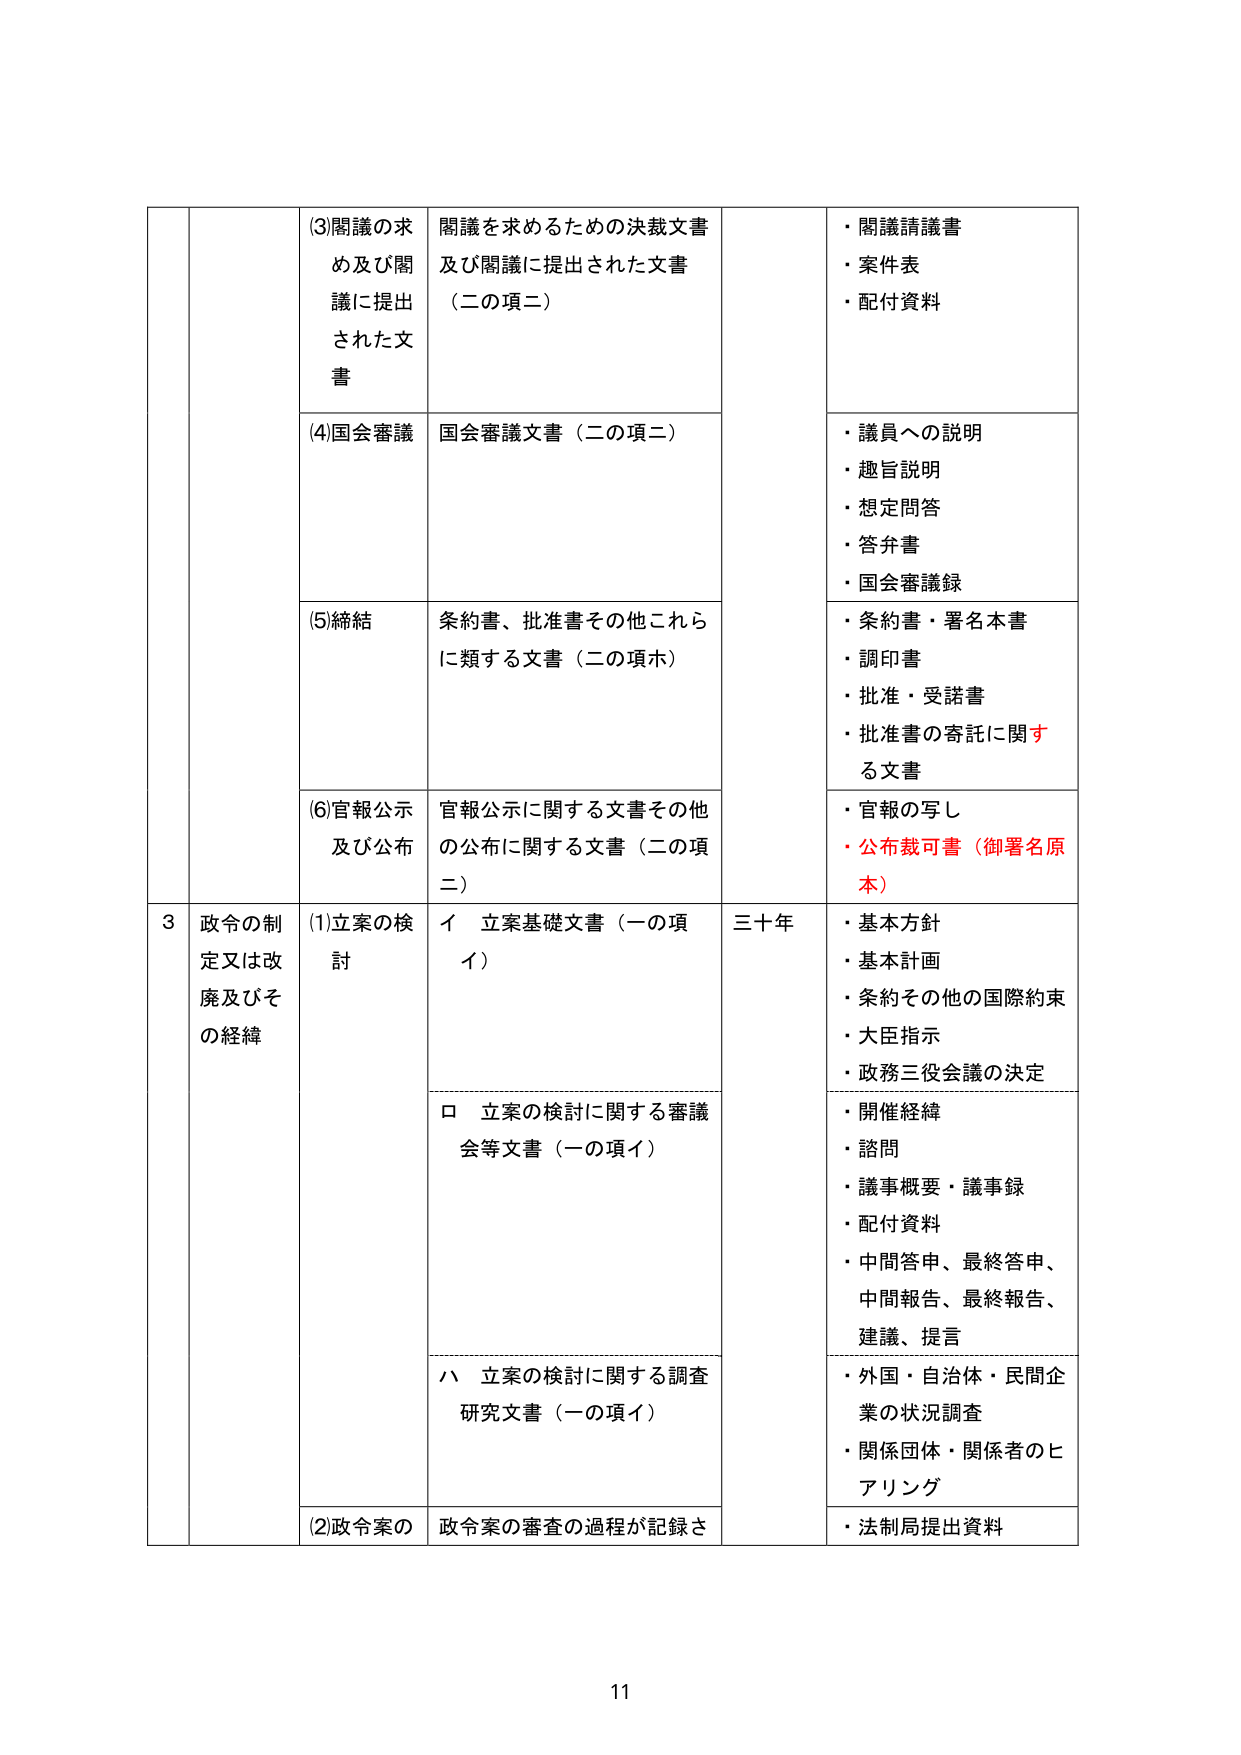
(3)関議の求め及び関議に提出された文書
関議を求めるための決裁文書及び関議に提出された文書（二の項二）
・関議請議書
・案件表
・配付資料

(4)国会審議
国会審議文書（二の項二）
・議員への説明
・趣旨説明
・想定問答
・答弁書
・国会審議録

(5)締結
条約書、批准書その他これらに類する文書（二の項ホ）
・条約書・署名本書
・調印書
・批准・受諾書
・批准書の寄託に関する文書

(6)官報公示及び公布
官報公示に関する文書その他 の公布に関する文書（二の項二）
・官報の写し
・公布裁可書（御署名原本）

3 政令の制定又は改廃及びその経緯
(1)立案の検討
イ 立案基礎文書（一の項イ）
三十年
・基本方針
・基本計画
・条約その他の国際約束
・大臣指示
・政務三役会議の決定

ロ 立案の検討に関する審議会等文書（一の項イ）
・開催経緯
・諮問
・議事概要・議事録
・配付資料
・中間答申、最終答申、中間報告、最終報告、建議、提言

ハ 立案の検討に関する調査研究文書（一の項イ）
・外国・自治体・民間企業の状況調査
・関係団体・関係者のヒアリング

(2)政令案の
政令案の審査の過程が記録さ
・法制局提出資料

11